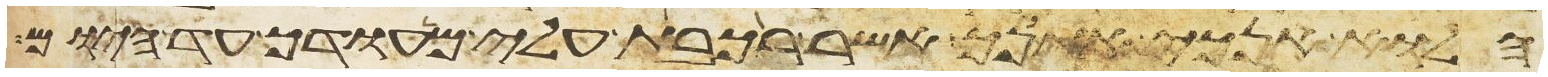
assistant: הלוא אנכי אתנך אשר רכבת עלי מהודך עד היום